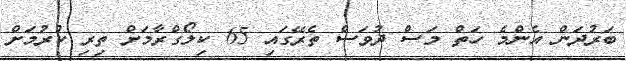
ބަރުދަން އެންމެ ހަތް މަސް ދުވަސް ތެރޭގައި 65 ކިލޯގްރާމަށް ތިރި ކުރުމަށް